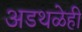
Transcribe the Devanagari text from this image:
अडथळेही